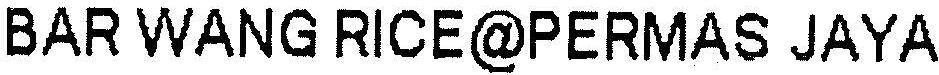
BAR WANG RICE@PERMAS JAYA